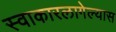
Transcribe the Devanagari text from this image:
स्वाकारलागेल्यास